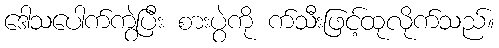
ဒေါသပေါက်ကွဲပြီး စားပွဲကို က်သီးဖြင့်ထုလိုက်သည်။